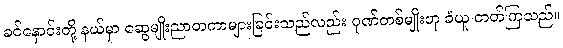
ခင်နှောင်းတို့ နယ်မှာ ဆွေမျိုးညာတကာများခြင်းသည်လည်း ဂုဏ်တစ်မျိုးဟု ခံယူ တတ်ကြသည်။